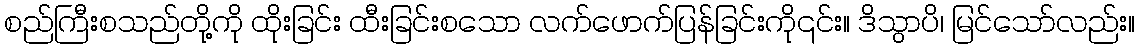
စည်ကြီးစသည်တို့ကို ထိုးခြင်း ထီးခြင်းစသော လက်ဖောက်ပြန်ခြင်းကို၎င်း။ ဒိသွာပိ၊ မြင်သော်လည်း။